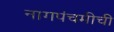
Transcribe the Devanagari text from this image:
नागपंचमीची